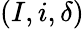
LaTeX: (I,i,\delta)